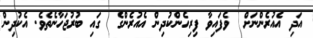
އަދި އެއުރެންނަށް  ވެފައިވާ ފިރިހެންކުދިން އެއުރެންގެ  ގައި ބުރުޖަހާނެތެވެ. އެކުދިން